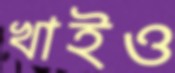
খাইও